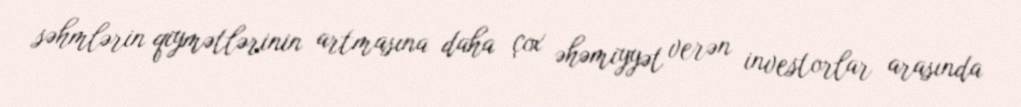
səhmlərin qiymətlərinin artmasına daha çox əhəmiyyət verən investorlar arasında